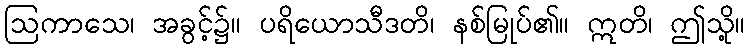
ဩကာသေ၊ အခွင့်၌။ ပရိယောသီဒတိ၊ နစ်မြုပ်၏။ ဣတိ၊ ဤသို့။